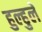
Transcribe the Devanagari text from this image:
हुल्हुले